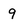
Character: 9